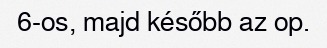
6-os, majd később az op.